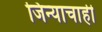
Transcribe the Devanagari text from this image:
जिन्याचाही